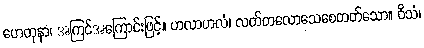
ဟေတုနာ၊ အကြင်အကြောင်းဖြင့်။ ဟလာဟလံ၊ လတ်တလောသေစေတတ်သော။ ဝိသံ၊